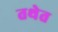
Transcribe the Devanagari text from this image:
तथेत